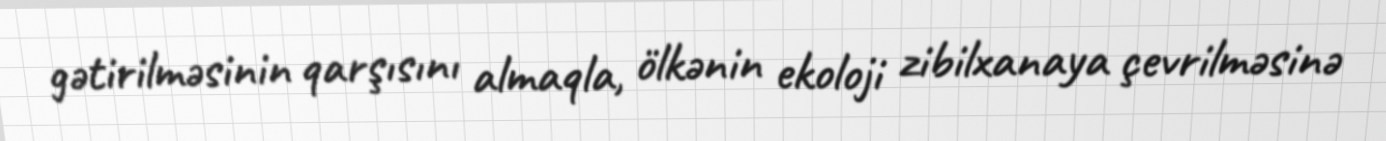
gətirilməsinin qarşısını almaqla, ölkənin ekoloji zibilxanaya çevrilməsinə